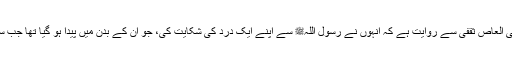
1447: سیدنا عثمان بن ابی العاص ثقفیؓ سے روایت ہے کہ انہوں نے رسول اللہﷺ سے اپنے ایک درد کی شکایت کی، جو ان کے بدن میں پیدا ہو گیا تھا جب سے وہ مسلمان ہوئے تھے۔